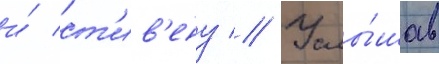
и́ ст'ив'ену // Услы́шав